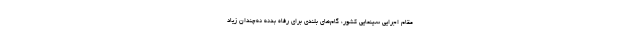
مقام اجرایی سینمایی کشور، گام‌های بلندی برای رفاه بدنه نه‌چندان زیاد